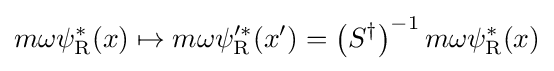
m\omega \psi _{\rm {R}}^{*}(x)\mapsto m\omega \psi _{\rm {R}}^{\prime *}(x^{\prime })=\left(S^{\dagger }\right)^{-1}m\omega \psi _{\rm {R}}^{*}(x)